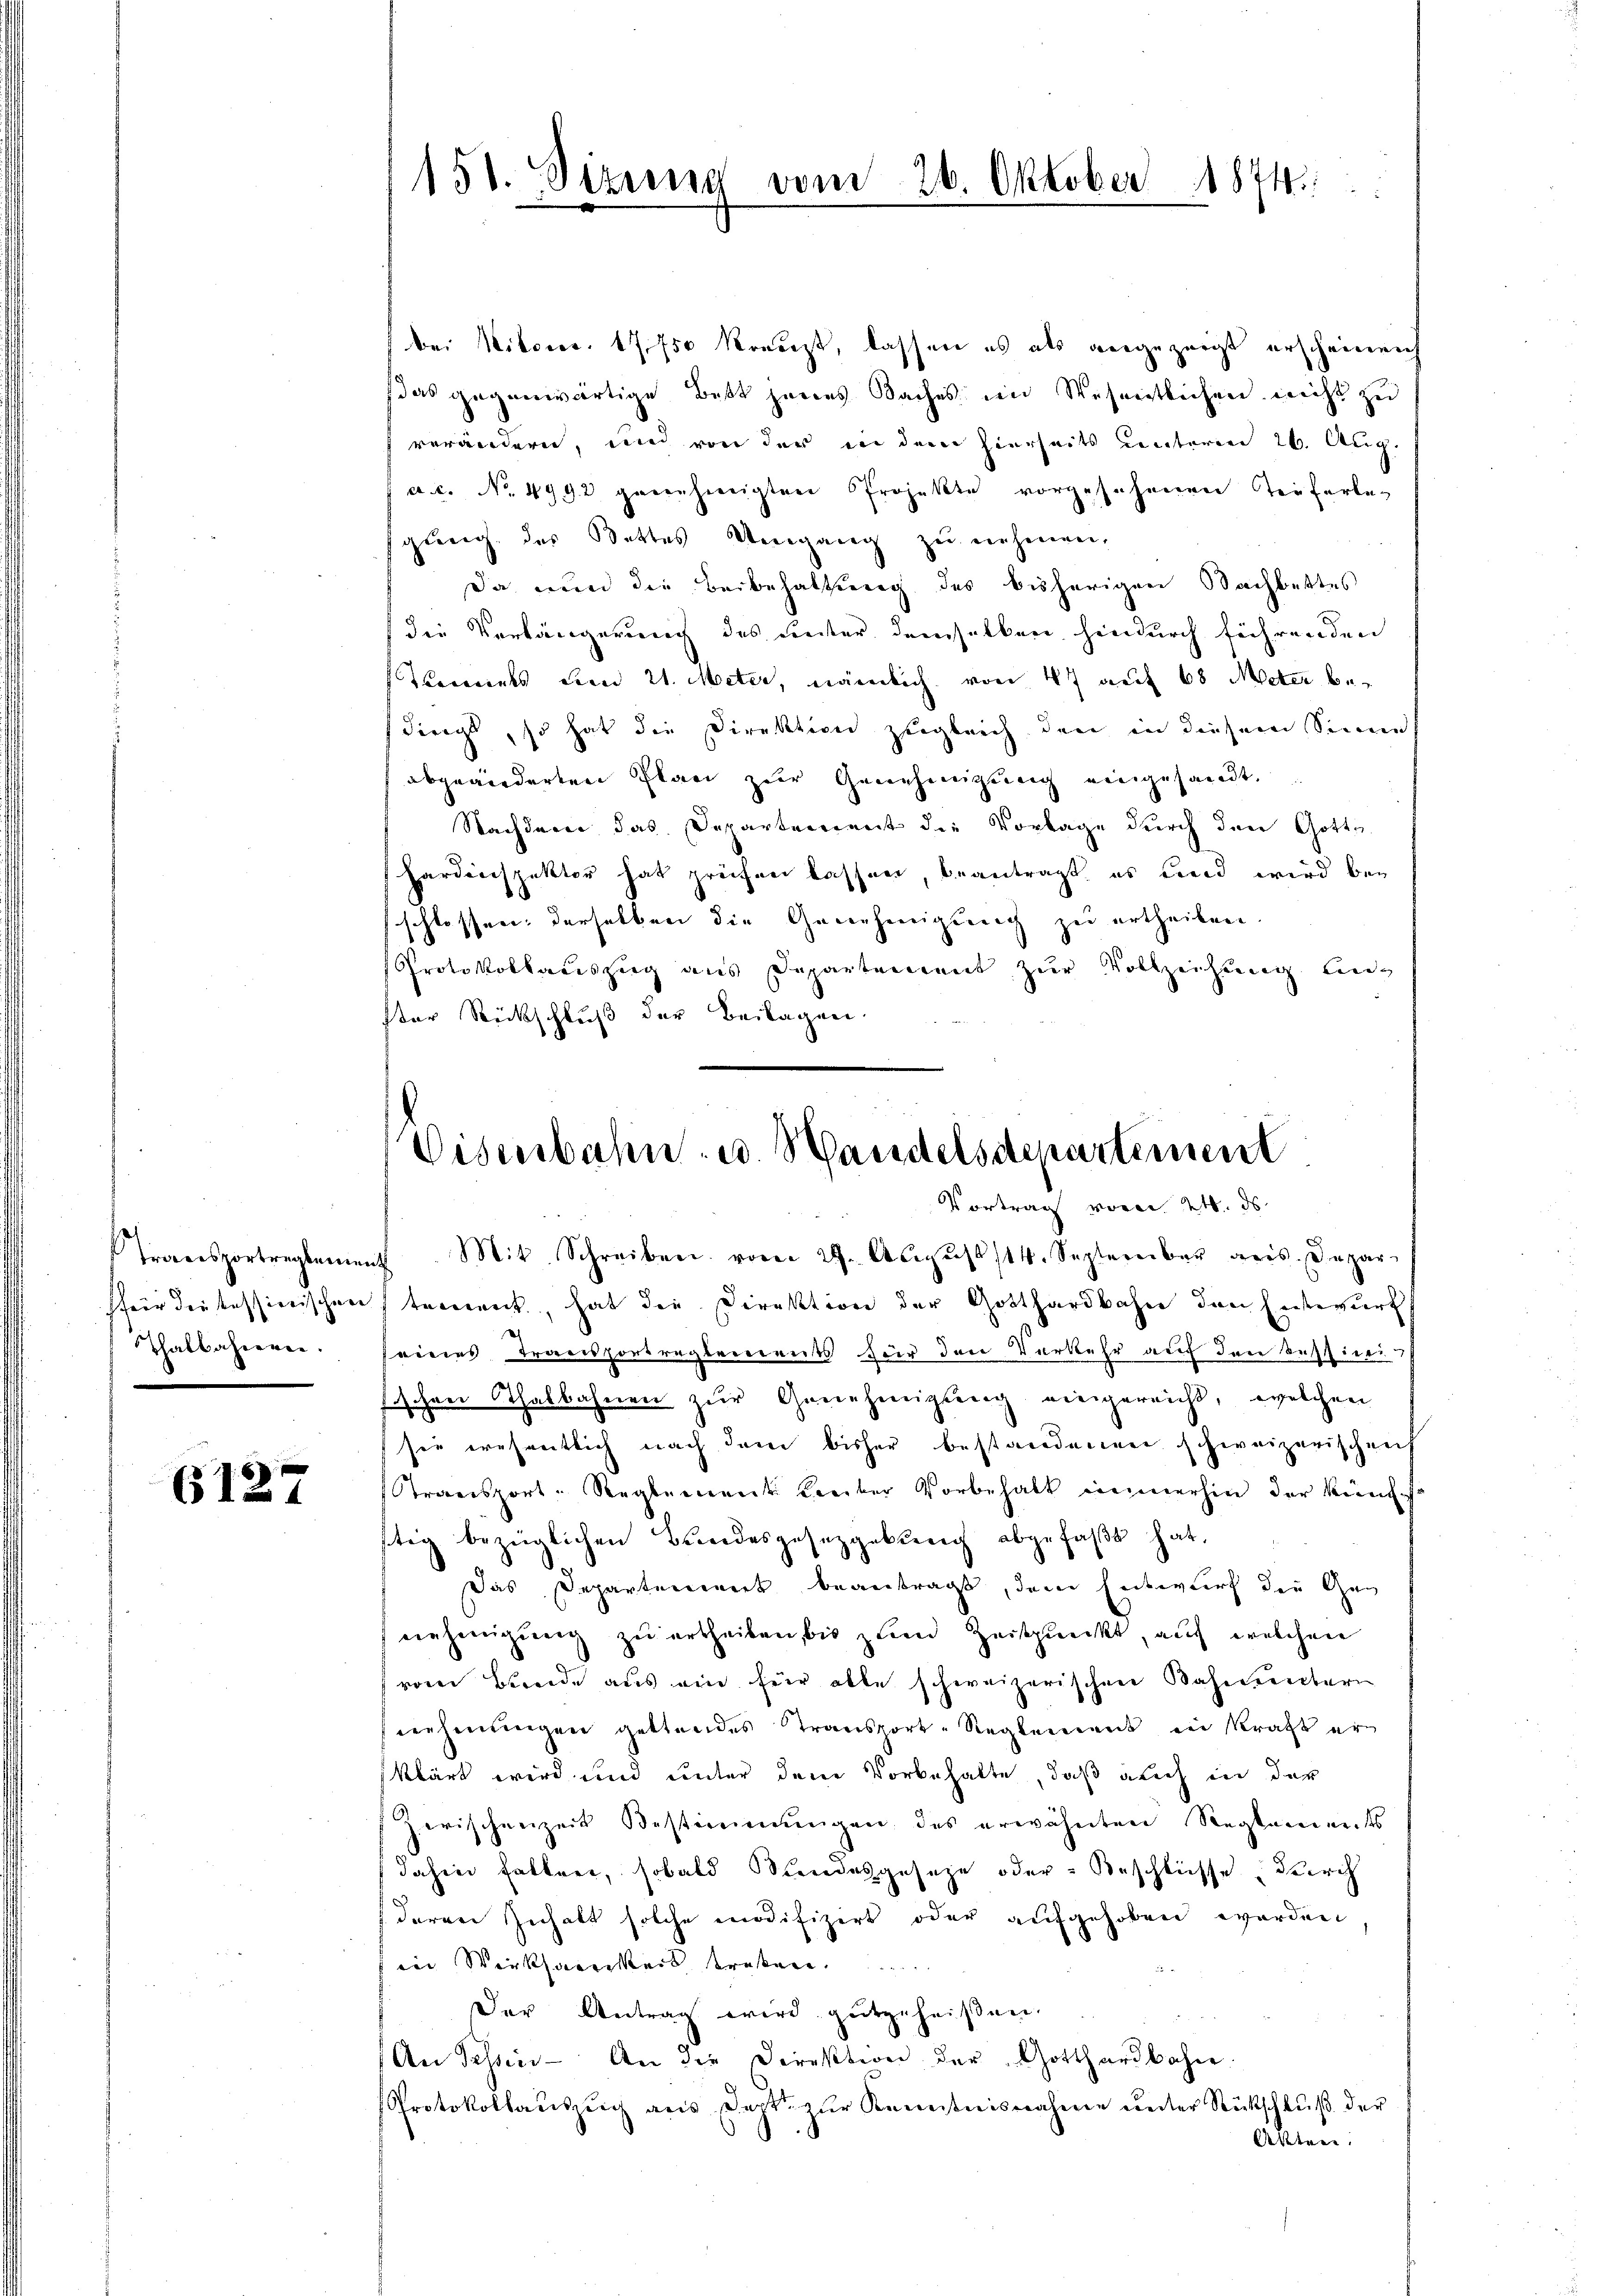
Thalbahrerei.

6127

bei Miteres. 17,750 Kreuzt, lassen es als angezeigt erscheinen
das gegenwärtige Bett jenes Baches im Wesentlichen nicht zu
verändern, und von der in dem hierseits unterm 26. Aug.
a.c. No. 4992 genehmigten Projekte vorgesehenen Teuferlegung des Stattes Umgang zu nehmen,
Da nun die Beibehaltung des bisherigen Nachbettes
die Verlängerung des Leiter demselben hindurch führenden
Tocants den 21. Meter, nämlich von 47 auf 60 Meter bedings, so hat die Direktion zugleich den in diesem Sinne
abgeänderten Plan zur Genehmigŭng eingesandt.
Nachdem das Departement die Vorlage durch den Gotts.
Hardenspektor hat prüfen lassen, beantragt, es und wird beschlossen: derselben die Genehmigung zu ertheilen.
Protokollauszug aus Departement zur Vollzeihung und
ster Rückschluß der Beilagen.

151. Sizung vom 26. Oktober 1874.

Eisenbahn u. Handelsdepartement
Vortrag vom 24. ds

Transportreglement. Mit Schreiben vom 29. August 114. September ders. Depar-
ffrir der tessierischen tement, hat die Direktion der Gotthardbahn den Entwurf,
seines Transportreglements für den Verkehr auf den Tessine
fischen Thalbahnen zur Genehmigung eingereicht, welchen
sie wesentlich nach dem bisher bestandenen schweizerischen
Stransport-Reglement Leuter Vorbehalt immerhin der künf
stig bezüglichen Bundesgesetzgebung abgefaßt hat,
Das Departement beantragt, dem Entwurf der Geeinhinigung zu ertheilen, bis zum Zeitpunckt, auf welchen
vom Bunde aus ein für alle schweizerischen Rahmentern
nehmungen gestandes Transport-Reglement in Kraft er
klärt wird und unter dem Vorbehalte, daß auch in der
Zwischenzeit Bestimmungen des erwähnten Reglements
dahin fallen, sobald andesgesetze oder Beschlüsse durch
deren Zuhalt solche modifizirt oder aufgehoben worden
in Wirksamkeit treten
Der Antrag wird gutgeheißen.
An Tessin - An die Direktion der Gotthardbahn.
Protokollauszeich aus Sept. zur Kenntnisnahme unter Rückschluß der
Oldenen.